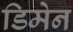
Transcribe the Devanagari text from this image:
डिमेन